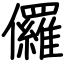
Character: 儸